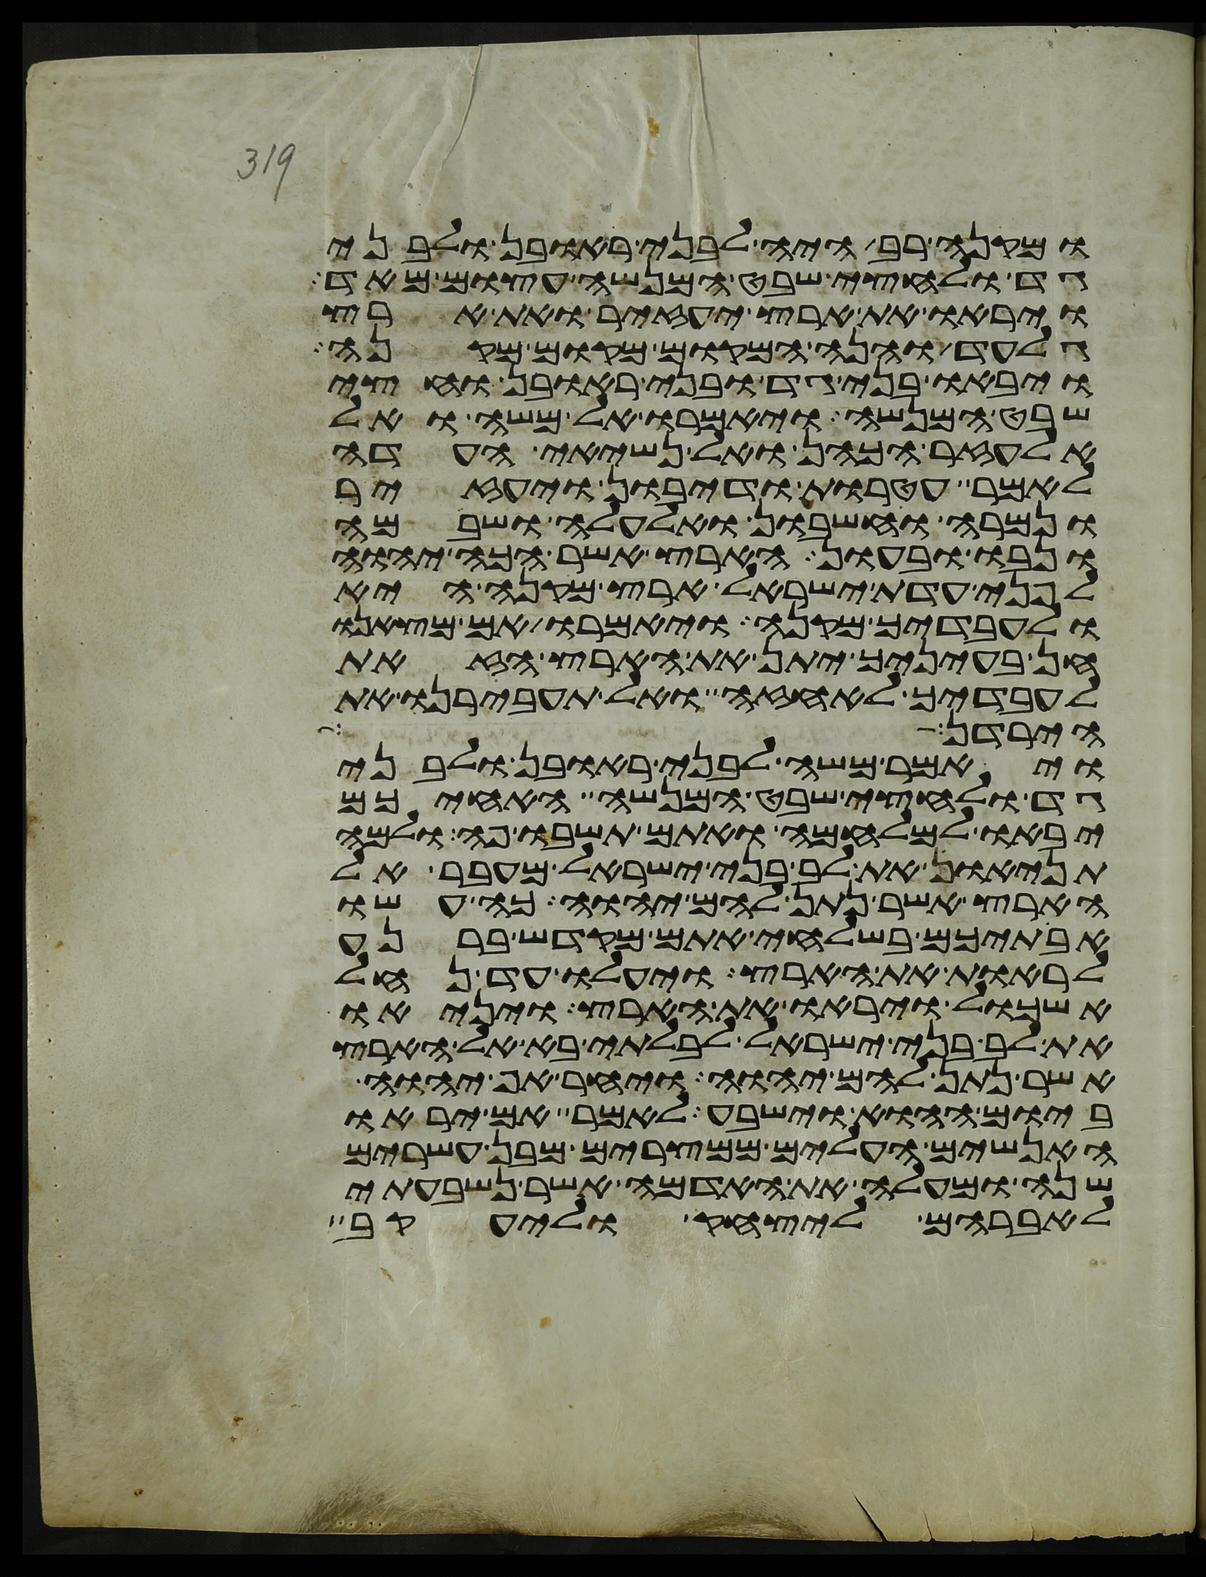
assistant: ומקנה רב היה לבני ראובן ולבני
גד ולחצי שבט המנשה עצום מאד
ויראו את ארץ יעזיר ואת ארץ
גלעד והנה המקום מקום מקנה
ויבאו בני גד ובני ראובן וחצי
שבט המנשה ויאמרו אל משה ואל
אלעזר הכהן ואל נשיאי העדה
לאמר עטרות ודיבון ויעזיר
ונמרה וחשבון ואלעלה ושבם
ונבו ובעון הארץ אשר הכה יהוה
לפני עדת ישראל ארץ מקנה היא
ולעבדיך מקנה ויאמרו אם מצאנו
חן בעיניך יתן את הארץ הזאת
לעבדיך לאחזה ואל תעבירנו את
הירדן ההר
ויאמר משה לבני ראובן ולבני
גד ולחצי שבט המנשה האחיכם
יבאו למלחמה ואתם תשבו פה ולמה
תניאו את לב בני ישראל מעבר אל
הארץ אשר נתן להם יהוה כה עשו
אבתיכם בשלחי אתם מקדש ברנע
לראות את הארץ ויעלו עד נחל
אשכול ויראו את הארץ ויניאו
את לב בני ישראל לבלתי בא אל הארץ
אשר נתן להם יהוה ויחר אף יהוה
ביום ההוא וישבע לאמר אם יראו
האנשים העלים ממצרים מבן עשרים
שנה ומעלה את האדמה אשר נשבעתי
לאברהם ליצחק וליעקב